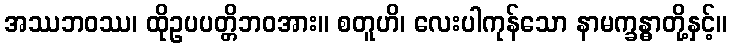
အဿဘဝဿ၊ ထိုဥပပတ္တိဘဝအား။ စတူဟိ၊ လေးပါကုန်သော နာမက္ခန္ဓာတို့နှင့်။